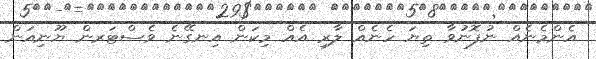
އެންމެނެއް ނުފޮނުވާ ތިޔަ ހެނެއް ލާރި އެއް މިކަން އިނގޭނެ ވެސްޓަރން ޔޫނިއަން